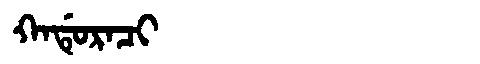
Manchu: ᡴᠠᡩᡠᡵᠠᠴᡳ
Romanization: KADURACI